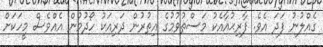
ގެއްލުނު ފަދަ އެވެ. ފާރިޙުއާއެކު މަސްތުވުމުގެ އިތުރުން ދަރިއަކު ހޯދުމުން އެއްވެސް މީހަކަށް